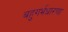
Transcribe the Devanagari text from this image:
बहुगर्भधारणा